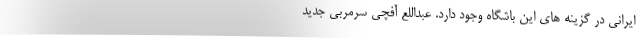
ایرانی در گزینه های این باشگاه وجود دارد. عبداللع آفچی سرمربی جدید